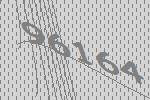
96164